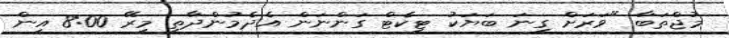
މުޖްތަބާ "ވަރަށް ގިނަ ބަޔަކު ޓިކެޓް ގަންނަން އެދެމުންދާތީ މިރޭ 8:00 އިން